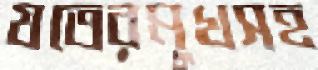
যতেরমুখসহ